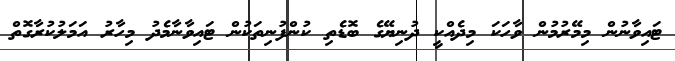
ޓައިވާނުން މިމޭރުމުން ވާހަކަ މިދެއްކީ ދުނިޔޭގެ ބޮޑެތި ކުންފުނިތަކުން ޓައިވާނާމެދު މިހާރު އަމަލުކުރާގޮތް